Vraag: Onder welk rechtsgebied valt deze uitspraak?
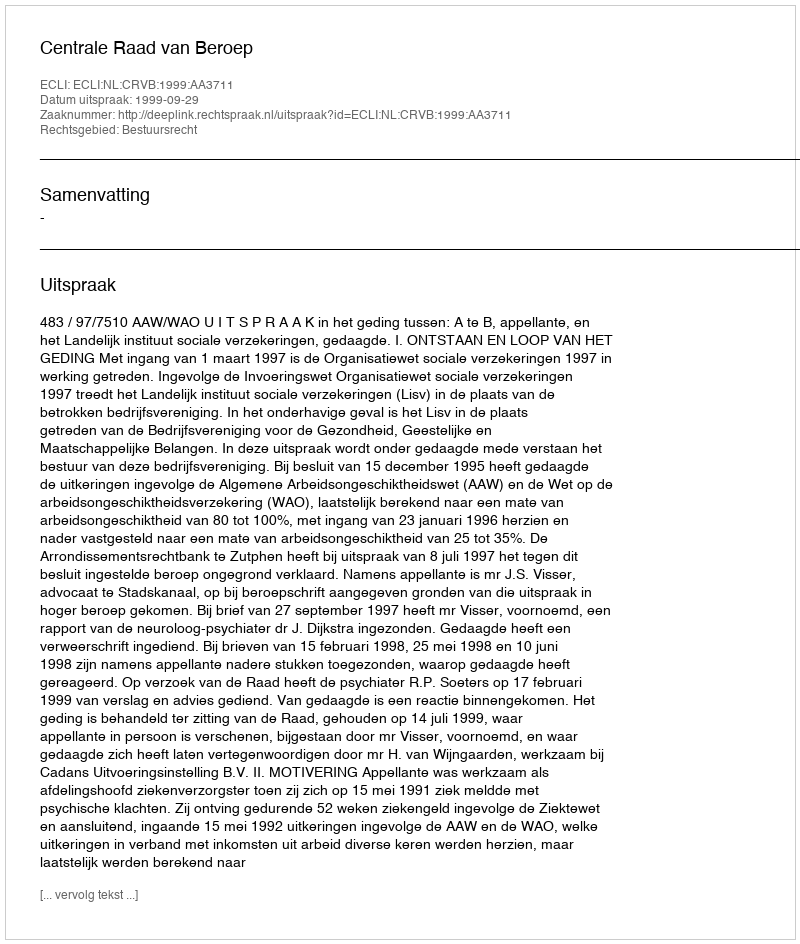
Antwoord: Bestuursrecht